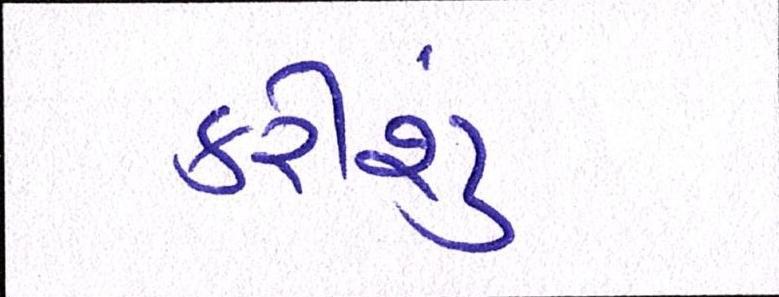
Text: કરીશું